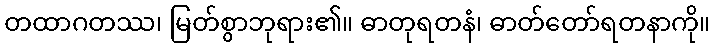
တထာဂတဿ၊ မြတ်စွာဘုရား၏။ ဓာတုရတနံ၊ ဓာတ်တော်ရတနာကို။